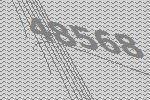
48568